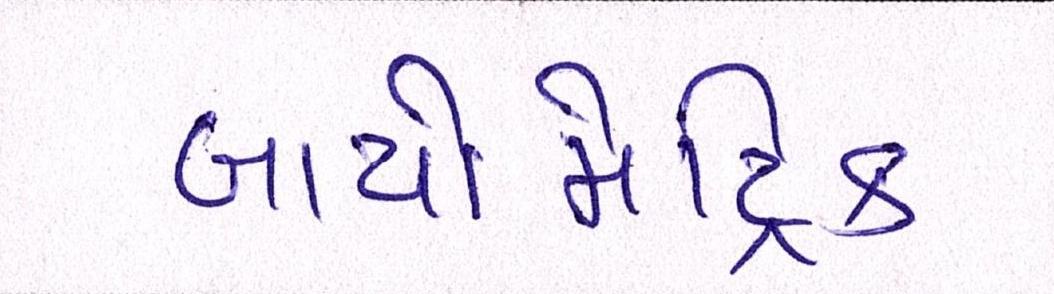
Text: બાયોમેટ્રિક